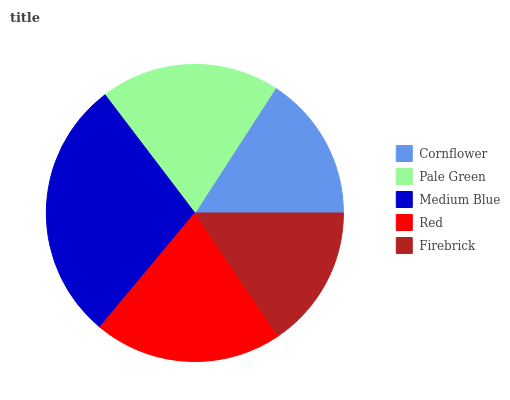
| Cornflower | Pale Green | Medium Blue | Red | Firebrick |
 | --- | --- | --- | --- | --- |
 | 15.9% | 19.4% | 28.6% | 20.5% | 15.6% |